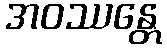
အဝဿန္တေ